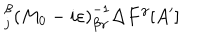
_ { j } ^ { \beta } \left( M _ { 0 } - i \varepsilon \right) _ { \beta \gamma } ^ { - 1 } \Delta F ^ { \gamma } [ A ^ { \prime } ]